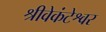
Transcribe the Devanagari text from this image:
श्रीवेकंटेश्वर